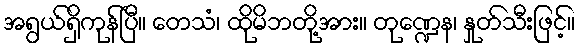
အရွယ်ရှိကုန်ပြီ။ တေသံ၊ ထိုမိဘတို့အား။ တုဏ္ဍေန၊ နှုတ်သီးဖြင့်။